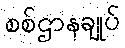
စစ်ဌာနချုပ်